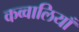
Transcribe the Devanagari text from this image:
कव्वालियाँ